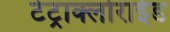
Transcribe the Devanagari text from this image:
टेट्राक्लोराईड